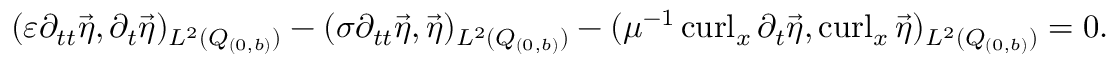
\begin{array} { r } { ( \varepsilon \partial _ { t t } \vec { \eta } , \partial _ { t } \vec { \eta } ) _ { L ^ { 2 } ( Q _ { ( 0 , b ) } ) } - ( \sigma \partial _ { t t } \vec { \eta } , \vec { \eta } ) _ { L ^ { 2 } ( Q _ { ( 0 , b ) } ) } - ( \mu ^ { - 1 } \operatorname { c u r l } _ { x } \partial _ { t } \vec { \eta } , \operatorname { c u r l } _ { x } \vec { \eta } ) _ { L ^ { 2 } ( Q _ { ( 0 , b ) } ) } = 0 . } \end{array}